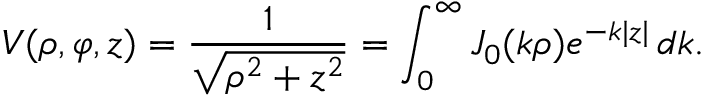
V ( \rho , \varphi , z ) = { \frac { 1 } { \sqrt { \rho ^ { 2 } + z ^ { 2 } } } } = \int _ { 0 } ^ { \infty } J _ { 0 } ( k \rho ) e ^ { - k | z | } \, d k .